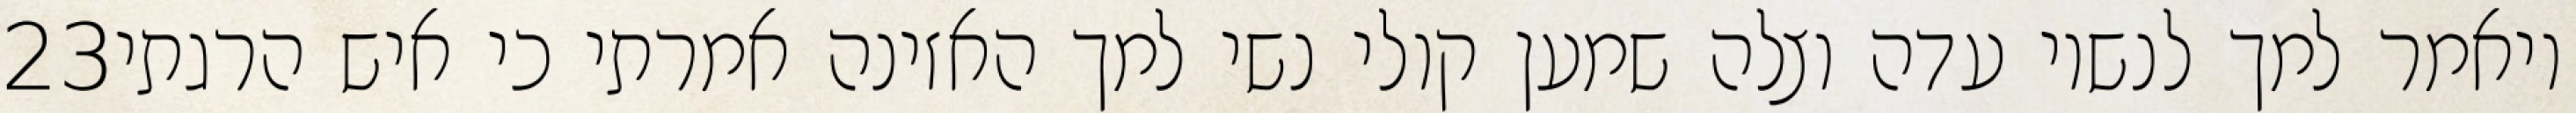
‎23‏ ויאמר למך לנשיו עדה וצלה שמען קולי נשי למך האזינה אמרתי כי איש הרגתי